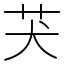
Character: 𦬫